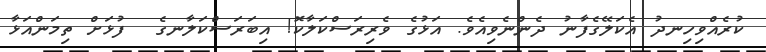
ކުރެއްވިހިނދު އެކަލޭގެފާނު ދެންނެވިއެވެ. އަޅުގެ ވެރިރަސްކަލާކޮ! އިބަރަސްކަލާނގެ  ފުޅަށް ތިމަންއަޅާ